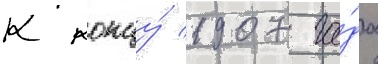
К концу́ 1907 го́да